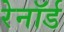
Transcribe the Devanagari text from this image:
रेनॉर्ड